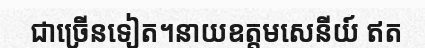
ជាច្រើនទៀត។នាយឧត្តមសេនីយ៍ ឥត